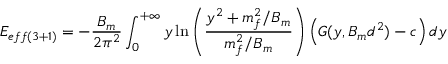
E _ { e f f ( 3 + 1 ) } = - \frac { B _ { m } } { 2 \pi ^ { 2 } } \int _ { 0 } ^ { + \infty } y \ln \left( \frac { y ^ { 2 } + m _ { f } ^ { 2 } / B _ { m } } { m _ { f } ^ { 2 } / B _ { m } } \right) \left( G ( y , B _ { m } d ^ { 2 } ) - c \right) d y